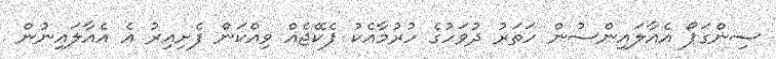
ސިންގަޕޯ އެއާލައިންސުން ހަތަރު ދުވަހުގެ ހުރުމާއެކު ޕެކޭޖެއް ވިއްކަން ފެށިއިރު އެ އެއާލައިނުން